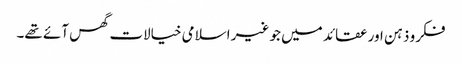
فکرو ذہن اور عقائد میں جو غیر اسلامی خیالات گھس آئے تھے۔